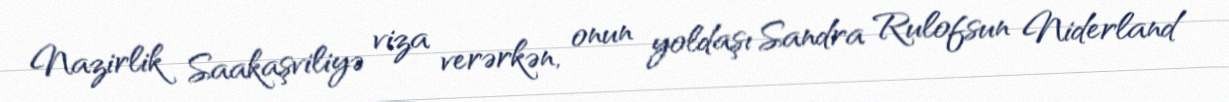
Nazirlik Saakaşviliyə viza verərkən, onun yoldaşı Sandra Rulofsun Niderland